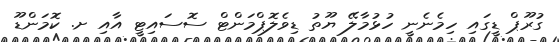
ގުރޫޕް ޑީގައި ހިމެނެނީ ހުޅުމާލޭ ޔޫތު ޑިވެލޮޕްމަންޓް ސޮސައިޓީ އާއި ށ. ކޮމަންޑޫ